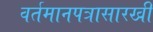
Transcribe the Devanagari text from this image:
वर्तमानपत्रासारखी